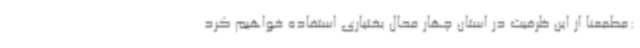
:مطمعنا از این ظرفیت در استان چهار محال بختیاری استفاده خواهیم کرد